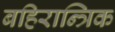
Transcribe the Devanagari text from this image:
बहिरान्त्रिक